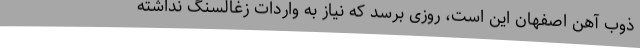
ذوب آهن اصفهان این است، روزی برسد که نیاز به واردات زغالسنگ نداشته